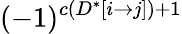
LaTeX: (-1)^{c(D^{*}[i\rightarrow j])+1}